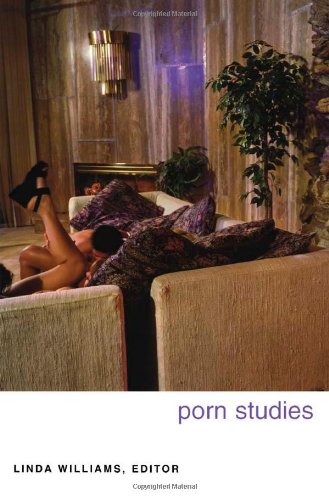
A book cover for Porn Studies; Politics & Social Sciences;